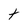
Character: t